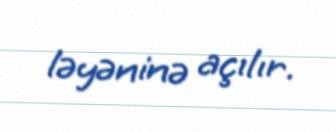
ləyəninə açılır.